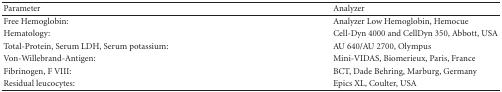
<table><thead><tr><td><b>Parameter</b></td><td><b>Analyzer</b></td></tr></thead><tbody><tr><td>Free Hemoglobin:</td><td>Analyzer Low Hemoglobin, Hemocue</td></tr><tr><td>Hematology:</td><td>Cell-Dyn 4000 and CellDyn 350, Abbott, USA</td></tr><tr><td>Total-Protein, Serum LDH, Serum potassium:</td><td>AU 640/AU 2700, Olympus</td></tr><tr><td>Von-Willebrand-Antigen:</td><td>Mini-VIDAS, Biomerieux, Paris, France</td></tr><tr><td>Fibrinogen, F VIII:</td><td>BCT, Dade Behring, Marburg, Germany</td></tr><tr><td>Residual leucocytes:</td><td>Epics XL, Coulter, USA</td></tr></tbody></table>